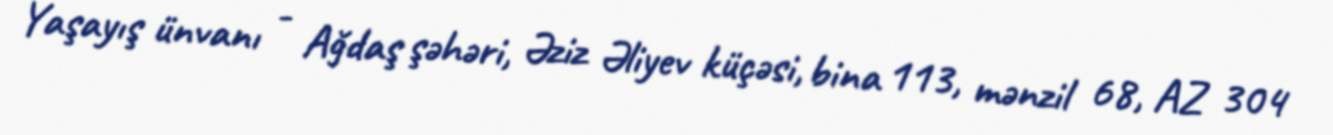
Yaşayış ünvanı - Ağdaş şəhəri, Əziz Əliyev küçəsi, bina 113, mənzil 68, AZ 304